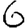
Digit: 6